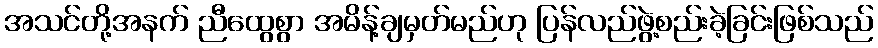
အသင်တို့အနက် ညီထွေစွာ အမိန့်ချမှတ်မည်ဟု ပြန်လည်ဖွဲ့စည်းခဲ့ခြင်းဖြစ်သည်